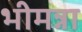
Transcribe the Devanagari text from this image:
भीमन्ना